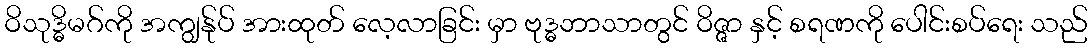
ဝိသုဒ္ဓိမဂ်ကို အကျွန်ုပ် အားထုတ် လေ့လာခြင်း မှာ ဗုဒ္ဓဘာသာတွင် ဝိဇ္ဇာ နှင့် စရဏကို ပေါင်းစပ်ရေး သည်